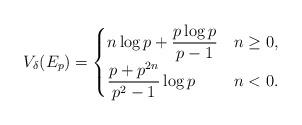
LaTeX: \begin{align*} V_\delta(E_p) = \begin{cases} \displaystyle n \log p + \frac{p\log p}{p-1}&n\geq 0,\\ \displaystyle \frac{p+p^{2n}}{p^2 - 1} \log p&n<0. \end{cases} \end{align*}